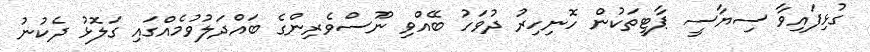
ގުޅިފައިވާ ސިޔާސީ ޕާޓީތަކުން ހޮނިހިރު ދުވަހު ބޭއްވި ނޫސްވެރިންގެ ބައްދަލުވުމެއްގައި ގަލޮޅު ދެކުނު